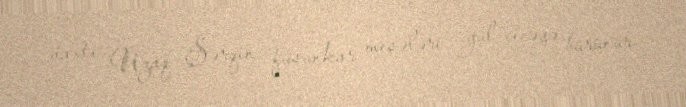
vaxtı Uzaq Şərqin füsunkar meşələri gül-çiçəyə bürünür.